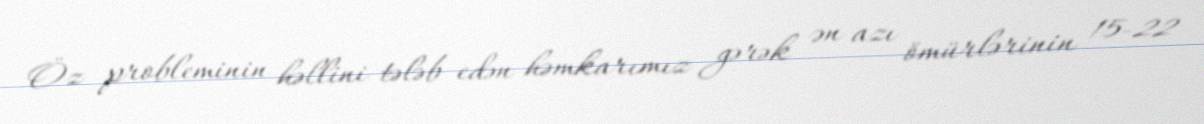
Öz probleminin həllini tələb edən həmkarımız gərək ən azı ömürlərinin 15-22